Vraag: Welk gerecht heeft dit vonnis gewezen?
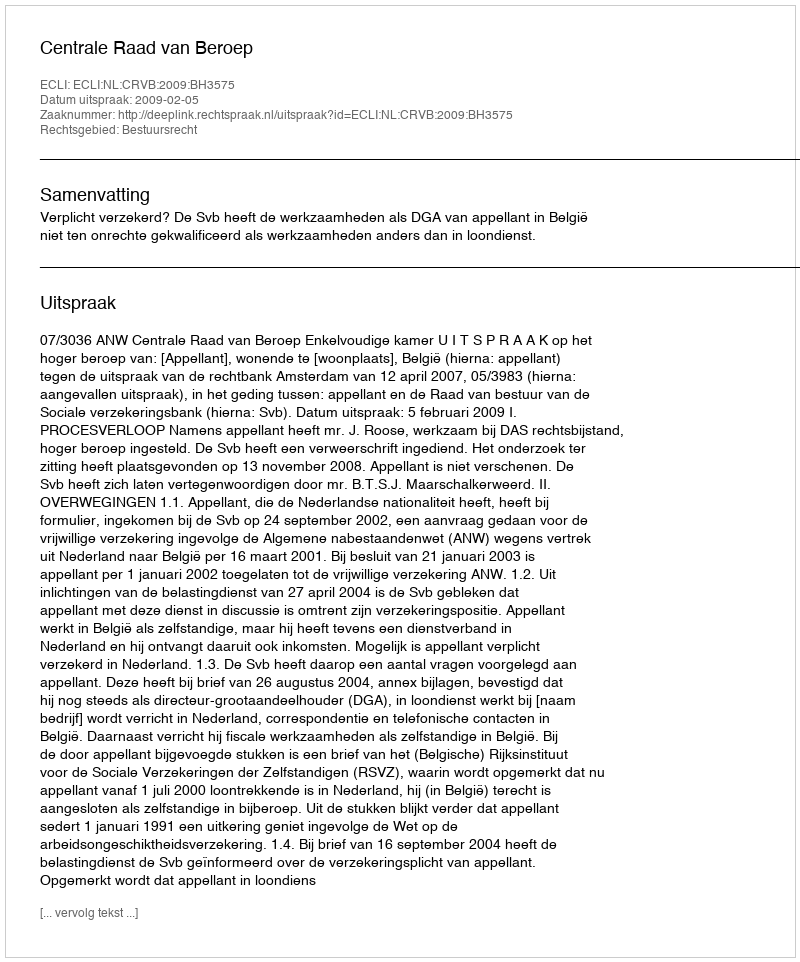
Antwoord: Centrale Raad van Beroep